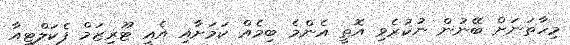
މިހާތަނަށް ބޭނުން ނުކުރެވި އޮތީ އެންމެ ބިމެއް ކަމަށާއި އެއީ ޓޫރިޒަމް ފެކަލްޓީއާ